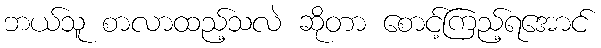
ဘယ်သူ စာလာထည့်သလဲ ဆိုတာ စောင့်ကြည့်ရအောင်